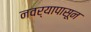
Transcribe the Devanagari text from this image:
नवर्यापासून